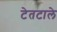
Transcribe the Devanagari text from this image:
टेतटाले